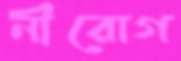
নীরোগ